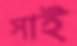
সাই